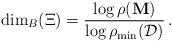
LaTeX: \begin{align*}\dim_B(\Xi)=\frac{\log \rho(\mathbf{M})}{\log \rho_{\min}(\mathcal{D})} \,.\end{align*}